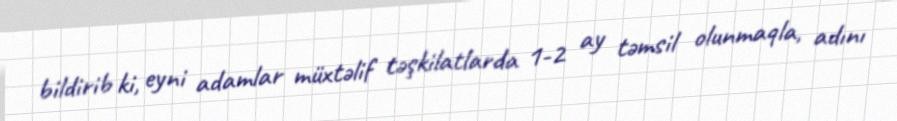
bildirib ki, eyni adamlar müxtəlif təşkilatlarda 1-2 ay təmsil olunmaqla, adını